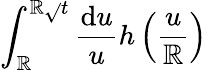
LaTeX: \int_{\mathbb{R}}^{\mathbb{R}\sqrt{}{{t}}}\frac{{\mathrm{{d}}u}}{{u}}h\left(\frac{{u}}{{\mathbb{R}}}\right)